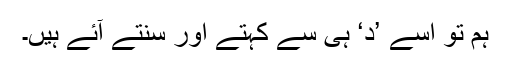
ہم تو اسے ’د‘ ہی سے کہتے اور سنتے آئے ہیں۔